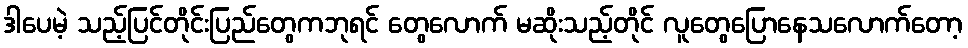
ဒါပေမဲ့ သည့်ပြင်တိုင်းပြည်တွေကဘုရင် တွေလောက် မဆိုးသည့်တိုင် လူတွေပြောနေသလောက်တော့